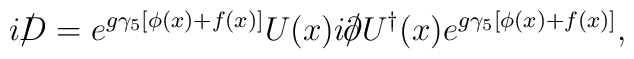
i\raise.15ex\hbox{$/$}\kern-.53em\hbox{$D$}=e^{g\gamma_5[\phi(x)+f(x)]}U(x)i\raise.15ex\hbox{$/$}\kern-.57em\hbox{$\partial$} U^{\dagger}(x)e^{g\gamma_5[\phi(x) +f(x)]},